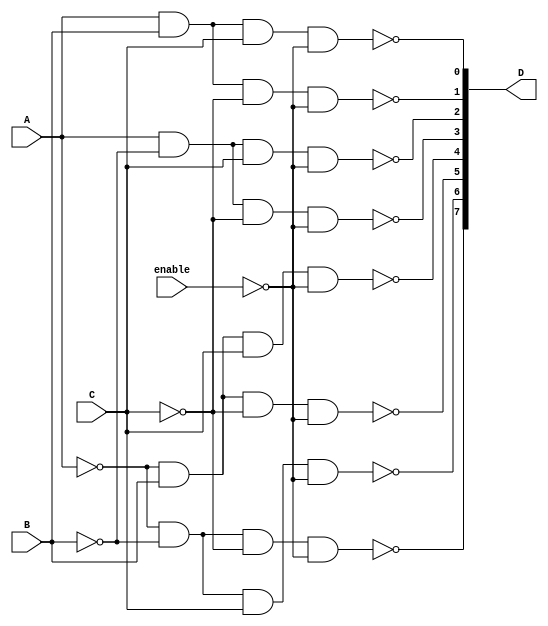
module and_or_prog_delay 
(
    output reg [0:7] D,
    input [1:0] A,B,C,enable
    
);
always @*
begin
    D[0] <= !( (!A) && (!B) && (!C) && (!enable) );
    D[1] <= !( (!A) && (!B) && C && (!enable) );
    D[2] <= !( (!A) && B && (!C) && (!enable) );
    D[3] <= !( (!A) && B && C && (!enable) );
    D[4] <= !( A && (!B) && (!C) && (!enable) );
    D[5] <= !( A && (!B) && C && (!enable) );
    D[6] <= !( A && B && (!C) && (!enable) );
    D[7] <= !( A && B && C && (!enable) );
end
endmodule